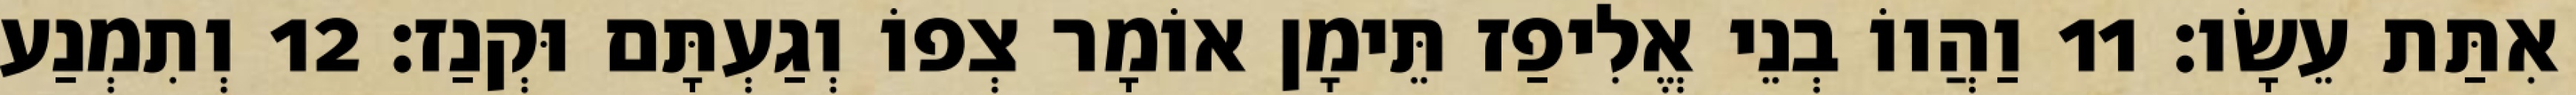
אִתַּת עֵשָׂו׃ 11 וַהֲווֹ בְנֵי אֱלִיפַז תֵּימָן אוֹמָר צְפוֹ וְגַעְתָּם וּקְנַז׃ 12 וְתִמְנַע